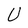
Character: U